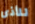
للأذى